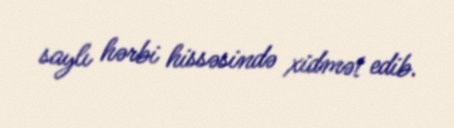
saylı hərbi hissəsində xidmət edib.